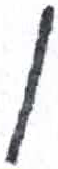
אות: ן